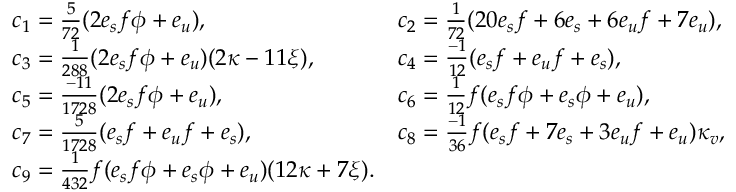
\begin{array} { l l } { { c _ { 1 } = { \frac { 5 } { 7 2 } } ( 2 e _ { s } f \phi + e _ { u } ) , } } & { { c _ { 2 } = { \frac { 1 } { 7 2 } } ( 2 0 e _ { s } f + 6 e _ { s } + 6 e _ { u } f + 7 e _ { u } ) , } } \\ { { c _ { 3 } = { \frac { 1 } { 2 8 8 } } ( 2 e _ { s } f \phi + e _ { u } ) ( 2 \kappa - 1 1 \xi ) , } } & { { c _ { 4 } = { \frac { - 1 } { 1 2 } } ( e _ { s } f + e _ { u } f + e _ { s } ) , } } \\ { { c _ { 5 } = { \frac { - 1 1 } { 1 7 2 8 } } ( 2 e _ { s } f \phi + e _ { u } ) , } } & { { c _ { 6 } = { \frac { 1 } { 1 2 } } f ( e _ { s } f \phi + e _ { s } \phi + e _ { u } ) , } } \\ { { c _ { 7 } = { \frac { 5 } { 1 7 2 8 } } ( e _ { s } f + e _ { u } f + e _ { s } ) , } } & { { c _ { 8 } = { \frac { - 1 } { 3 6 } } f ( e _ { s } f + 7 e _ { s } + 3 e _ { u } f + e _ { u } ) \kappa _ { v } , } } \\ { { c _ { 9 } = { \frac { 1 } { 4 3 2 } } f ( e _ { s } f \phi + e _ { s } \phi + e _ { u } ) ( 1 2 \kappa + 7 \xi ) . } } \end{array}